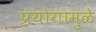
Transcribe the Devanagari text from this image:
प्रयोगामुळे